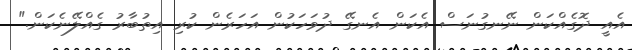
އެއީ ދޮގެއްކަން ނޭނގުނަސް އެކަން އެނގޭ ދުވަހަކުން އަހަރެން ކުރި އިތުބާރު ގެއްލޭނެކަން."